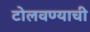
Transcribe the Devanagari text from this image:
टोलवण्याची